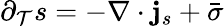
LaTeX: \partial_{\mathcal{T}}s=-\nabla\cdot{\mathbf{j}}_{s}+{\bar{{\sigma}}}